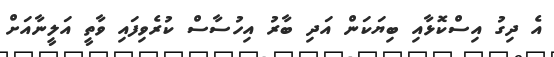
އެ ދިގު އިސްކޮޅާއި ބިޔަކަން އަދި ބާރު އިހުސާސް ކުރެވިފައި ވާތީ އަލީނާއަށް